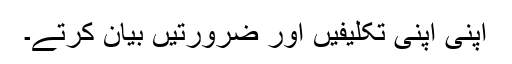
اپنی اپنی تکلیفیں اور ضرورتیں بیان کرتے۔